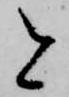
と